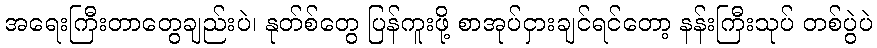
အရေးကြီးတာတွေချည်းပဲ၊ နုတ်စ်တွေ ပြန်ကူးဖို့ စာအုပ်ငှားချင်ရင်တော့ နန်းကြီးသုပ် တစ်ပွဲပဲ